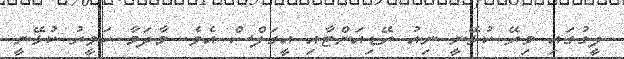
ލީގުގައި މިރޭ ކުޅޭނީ ނިއު ރޭޑިއަންޓާއި އީގަލްސް އެވެ. މާދަމާ ހަވީރު ކުޅޭނީ